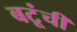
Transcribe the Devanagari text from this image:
बटूंची